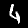
Digit: 4